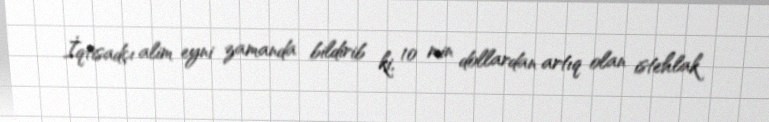
İqtisadçı alim eyni zamanda bildirib ki, 10 min dollardan artıq olan istehlak